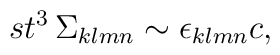
st^3 \, \Sigma_{klmn} \sim \epsilon_{klmn} c,